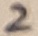
Text: 2